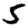
Digit: 5